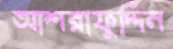
আশরাফুদ্দিন